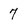
Character: 7